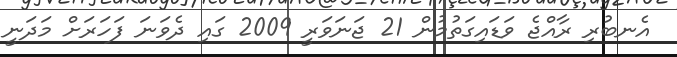
އެނބުރި ރާއްޖެ ވަޑައިގަތުމުން 21 ޖަނަވަރީ 2009 ގައި ދެވަނަ ފަހަރަށް މަދަނީ